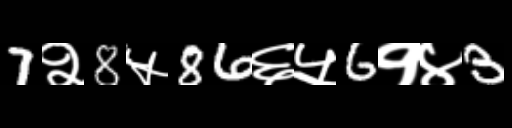
Text: 7२8५86६५6१४3